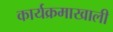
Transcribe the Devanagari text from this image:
कार्यक्रमाखाली